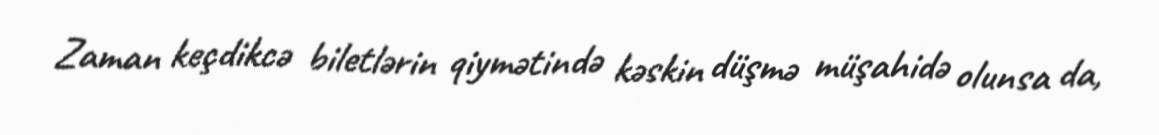
Zaman keçdikcə biletlərin qiymətində kəskin düşmə müşahidə olunsa da,